Civil Veterinary Dept. Assam report 1911-1927 - 1911-1927
Year: 1911
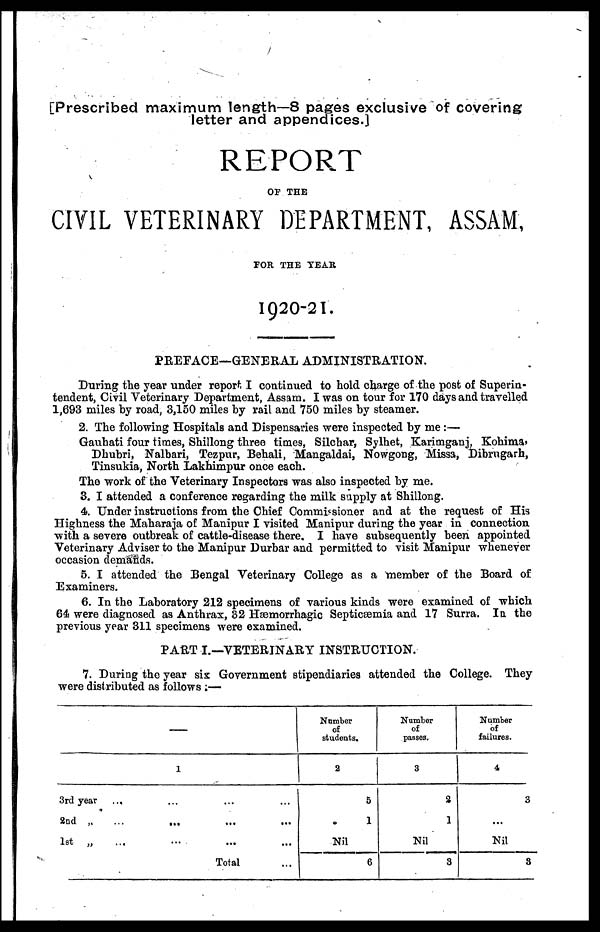
Prescribed maximum length—8 pages exclusive of covering
letter and appendices.]
REPORT
OF THE
CIVIL VETERINARY DEPARTMENT, ASSAM,
FOR THE YEAR,
1920-21.
PREFACE—GENERAL ADMINISTRATION.
During the year under report I continued to hold charge of the post of Superin-
tendent, Civil Veterinary Department, Assam. I was on tour for 170 days and travelled
1,693 miles by road, 3,150 miles by rail and 750 miles by steamer.
2. The following Hospitals and Dispensaries were inspected by me :—
Gauhati four times, Shillong three times, Silchar, Sylhet, Karimganj Kohima,
Dhubri, Nalbari, Tezpur, Behali, Mangaldai, Nowgong, Missa, Dibrugarh,
Tinsukia, North Lakhimpur once each.
The work of the Veterinary Inspectors was also inspected by me.
3. I attended a conference regarding the milk supply at Shillong.
4. Under instructions from the Chief Commissioner and at the request of His
Highness the Maharaja of Manipur I visited Manipur during the year in connection
with a severe outbreak of cattle-disease there. I have subsequently been appointed
Veterinary Adviser to the Manipur Durbar and permitted to visit Manipur whenever
occasion demands.
5. I attended the Bengal Veterinary College as a member of the Board of
Examiners.
6. In the Laboratory 212 specimens of various kinds were examined of which
64 were diagnosed as Anthrax, 32 Hæmorrhagic Septicæmia and 17 Surra. In the
previous year 311 specimens were examined.
PART I.—VETERINARY INSTRUCTION.
7. During the year six Government stipendiaries attended the College. They
were distributed as follows :—
—
1
3rd year
...
2nd
„
...
...
...
...
1st
„
...
...
...
...
Total
Number
of
students.
2
5
1
Nil
6
Number
of
passes.
3
2
1
Nil
3
Number
of
failures.
4
3
...
Nil
3